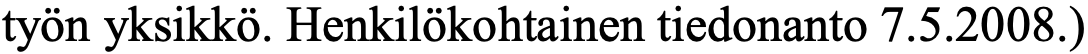
työn yksikkö. Henkilökohtainen tiedonanto 7.5.2008.)